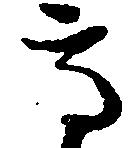
高